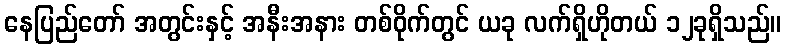
နေပြည်တော် အတွင်းနှင့် အနီးအနား တစ်ဝိုက်တွင် ယခု လက်ရှိဟိုတယ် ၁၂ခုရှိသည်။